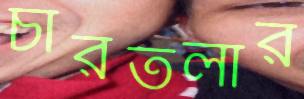
চারতলার